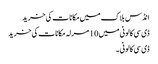
انڈس بلاک میں مکانات کی خرید
ڈی سی کالونی میں 10 مرلہ مکانات کی خرید
ڈی سی کالونی ۔